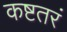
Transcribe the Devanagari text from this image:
कष्टतरं